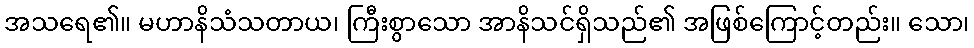
အသရေ၏။ မဟာနိသံသတာယ၊ ကြီးစွာသော အာနိသင်ရှိသည်၏ အဖြစ်ကြောင့်တည်း။ သော၊